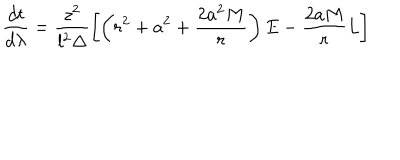
\frac { d t } { d \lambda } = \frac { z ^ { 2 } } { l ^ { 2 } \Delta } \left[ \left( r ^ { 2 } + a ^ { 2 } + \frac { 2 a ^ { 2 } M } { r } \right) E - \frac { 2 a M } { r } L \right]